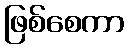
ဖြစ်စေကာ